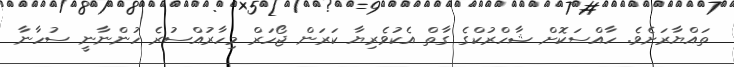
ތައްޔާރަށެވެ. ހާއްސަކޮށް ޝާހްރުކްގެ ގާތް އެކުވެރިޔާ ކަރަން ޖޯހަރް މިހާރުއްސުރެ ހުންނާނީ ސުހާނާ